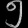
Digit: ၅